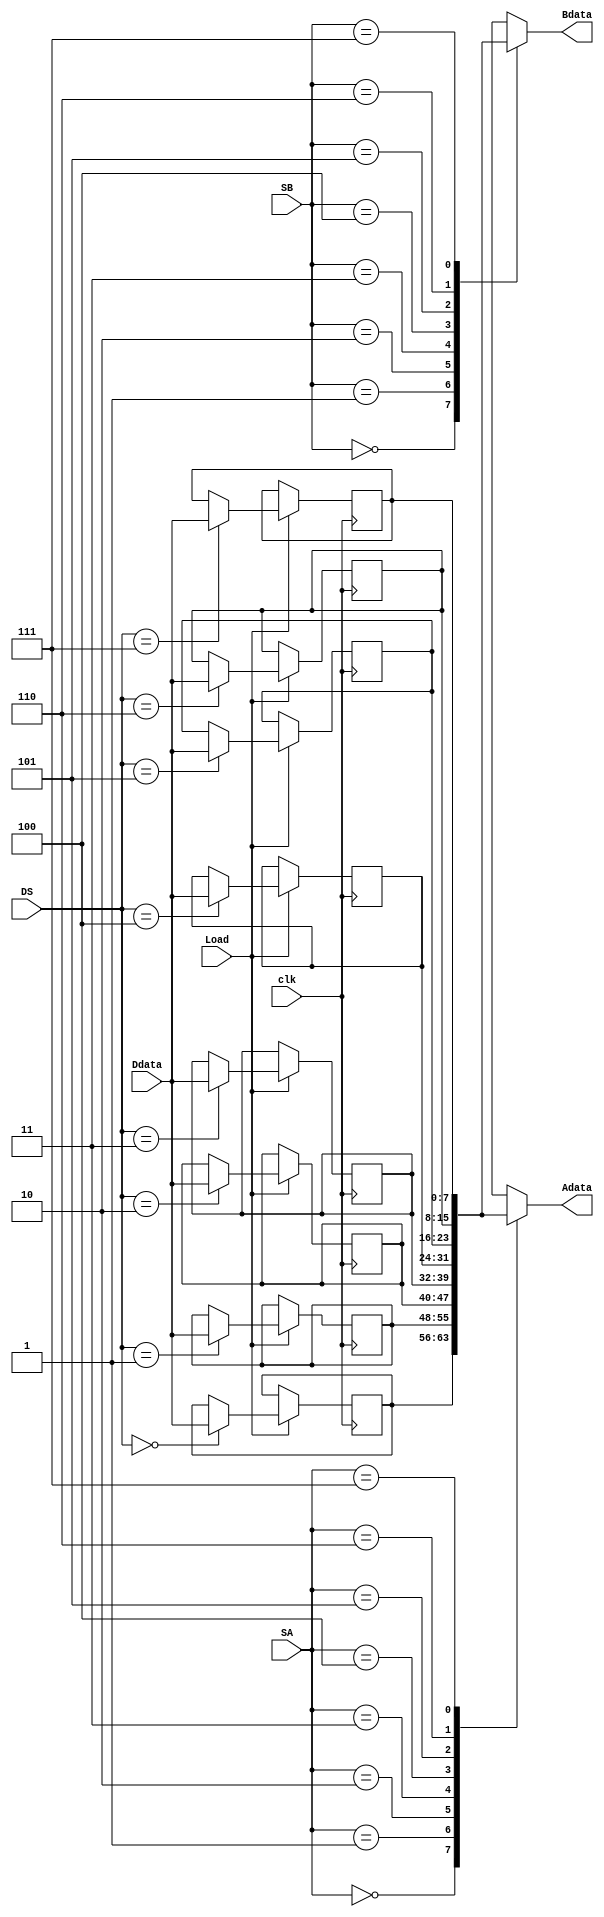
module registerfile(Load, DS, clk,Ddata, SA, SB, Adata, Bdata);
	input [7:0] Ddata;
	input [2:0] SA, SB, DS;
	input Load, clk;
	reg [7:0] R0,R1,R2,R3,R4,R5,R6,R7;
	output reg [7:0] Adata, Bdata;

always @(posedge clk) begin
	if (Load) begin
		case(DS)
			3'b000: R0 <= Ddata;
			3'b001: R1 <= Ddata;
			3'b010: R2 <= Ddata;
			3'b011: R3 <= Ddata;
			3'b100: R4 <= Ddata;
			3'b101: R5 <= Ddata;
			3'b110: R6 <= Ddata;
			3'b111: R7 <= Ddata;
		endcase
	end
end

always @(*) begin	
	
	case(SA)
		3'b000: Adata[7:0]=R0[7:0];
		3'b001: Adata[7:0]=R1[7:0];
		3'b010: Adata[7:0]=R2[7:0];
		3'b011: Adata[7:0]=R3[7:0];
		3'b100: Adata[7:0]=R4[7:0];
		3'b101: Adata[7:0]=R5[7:0];
		3'b110: Adata[7:0]=R6[7:0];
		3'b111: Adata[7:0]=R7[7:0];
		default: Adata=0;
	endcase

	case(SB)
		3'b000: Bdata[7:0]=R0[7:0];
		3'b001: Bdata[7:0]=R1[7:0];
		3'b010: Bdata[7:0]=R2[7:0];
		3'b011: Bdata[7:0]=R3[7:0];
		3'b100: Bdata[7:0]=R4[7:0];
		3'b101: Bdata[7:0]=R5[7:0];
		3'b110: Bdata[7:0]=R6[7:0];
		3'b111: Bdata[7:0]=R7[7:0];
		default: Bdata=0;
	endcase
		
end
endmodule